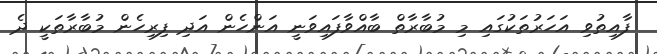
ފާއިތުވި އަހަރުތަކުގައި މި މުބާރާތް ބާއްވާފައިވަނީ އަންހެން އަދި ފިރިހެން މުބާރާތަކީ ދެ